Notes on vaccination in the North-West Frontier Province 1923-1928 - 1923-1928
Year: 1923
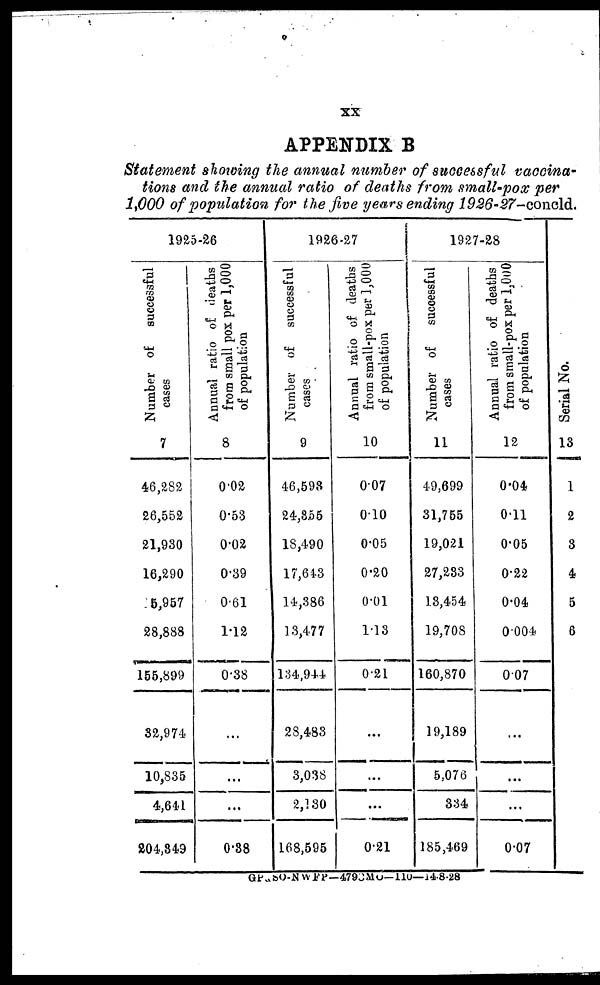
xx
APPENDIX B
Statement showing the annual number of successful vaccina-
tions and the annual ratio of deaths from small-pox per
1,000 of population for the five years ending 1926-27—concld.
1925-26
Number of
successful
cases
7
46,282
26,552
21,930
16,290
5,957
28,888
155,899
32,974
10,835
4,641
204,849
Annual ratio of deaths
from small-pox per 1,000
of population
8
0.02
0.53
0.02
0.39
0.61
1.12
0.38
...
...
...
0.38
1926-27
Number of
successful
cases
9
46,598
24,855
18,490
17,643
14,386
13,477
134,944
28,483
3,038
2,130
168,595
Annual ratio of deaths
from small-pox per 1,000
of population
10
0.07
0.10
0.05
0.20
0.01
1.13
0.21
...
...
...
0.21
1927-28
Number of
successful
cases
11
49,699
31,755
19,021
27,233
13,454
19,708
160,870
19,189
5,076
334
185,469
Annual ratio of deaths
from small-pox per 1,000
of population
12
0.04
0.11
0.05
0.22
0.04
0.004
0.07
...
...
...
0.07
Serial No.
13
1
2
3
4
5
6
GP&SO-N W FP—479CMO—110—14-8-28